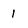
Character: 1